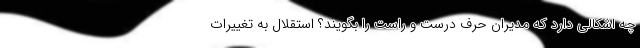
چه اشکالی دارد که مدیران حرف درست و راست را بگویند؟ استقلال به تغییرات